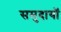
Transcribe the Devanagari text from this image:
समुदायॉ